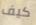
كيف